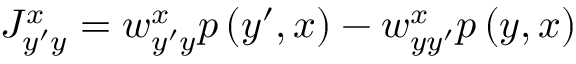
J _ { y ^ { \prime } y } ^ { x } = w _ { y ^ { \prime } y } ^ { x } p \left( y ^ { \prime } , x \right) - w _ { y y ^ { \prime } } ^ { x } p \left( y , x \right)